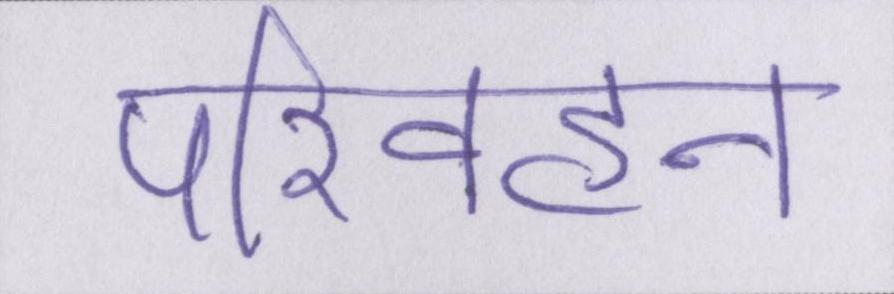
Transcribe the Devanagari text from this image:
परिवहन